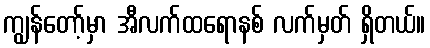
ကျွန်တော့်မှာ အီလက်ထရောနစ် လက်မှတ် ရှိတယ်။